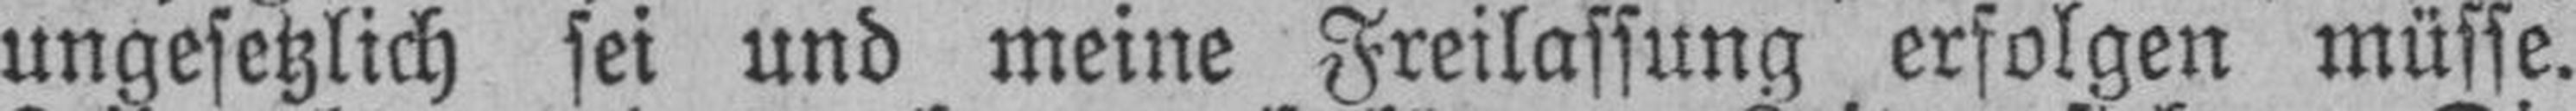
ungesetzlich sei und meine Freilassung erfolgen müsse.